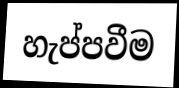
හැප්පවීම